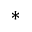
*